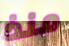
منذ